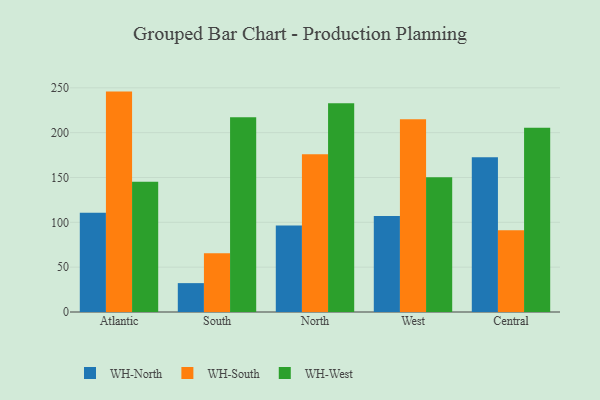
{"axis": {"x": "Region", "y": "Satisfaction Score"}, "legend": ["WH-North", "WH-South", "WH-West"], "data": [{"x": "Atlantic", "y": 110.6, "type": "WH-North"}, {"x": "Atlantic", "y": 245.8, "type": "WH-South"}, {"x": "Atlantic", "y": 145.4, "type": "WH-West"}, {"x": "South", "y": 32.2, "type": "WH-North"}, {"x": "South", "y": 65.4, "type": "WH-South"}, {"x": "South", "y": 217.3, "type": "WH-West"}, {"x": "North", "y": 96.6, "type": "WH-North"}, {"x": "North", "y": 175.8, "type": "WH-South"}, {"x": "North", "y": 232.8, "type": "WH-West"}, {"x": "West", "y": 107.0, "type": "WH-North"}, {"x": "West", "y": 214.9, "type": "WH-South"}, {"x": "West", "y": 150.3, "type": "WH-West"}, {"x": "Central", "y": 172.6, "type": "WH-North"}, {"x": "Central", "y": 91.3, "type": "WH-South"}, {"x": "Central", "y": 205.6, "type": "WH-West"}]}